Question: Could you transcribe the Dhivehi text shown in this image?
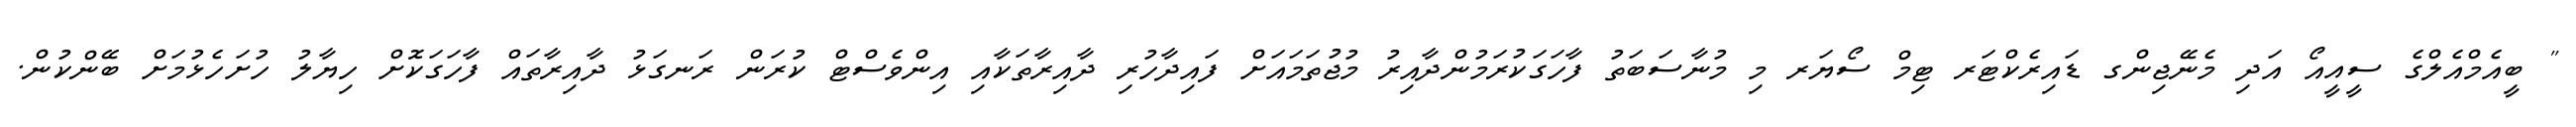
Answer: " ބީއެމްއެލްގެ ސީއީއޯ އަދި މެނޭޖިންގ ޑައިރެކްޓަރ ޓިމް ސޯޔަރ މި މުނާސަބަތު ފާހަގަކުރަމުންދާއިރު މުޖުތަމައަށް ފައިދާހުރި ދާއިރާތަކާއި އިންވެސްޓް ކުރަން ރަނގަޅު ދާއިރާތައް ފާހަގަކޮށް ހިޔާލު ހުށަހެޅުމަށް ބޭންކުން.